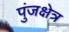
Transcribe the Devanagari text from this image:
पुंजक्षेत्र